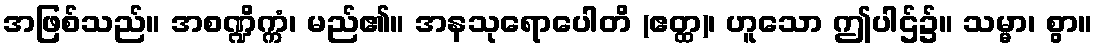
အဖြစ်သည်။ အစဏ္ဍိက္ကံ၊ မည်၏။ အနသုရောပေါတိ (ဧတ္ထ)၊ ဟူသော ဤပါဌ်၌။ သမ္မာ၊ စွာ။